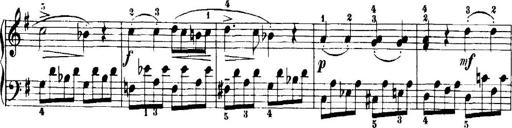
Title: 7 Sonatinas
Composer: Anton Diabelli